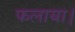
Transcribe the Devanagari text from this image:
फलाया।